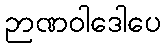
ဉာဏဝါဒေါပေ